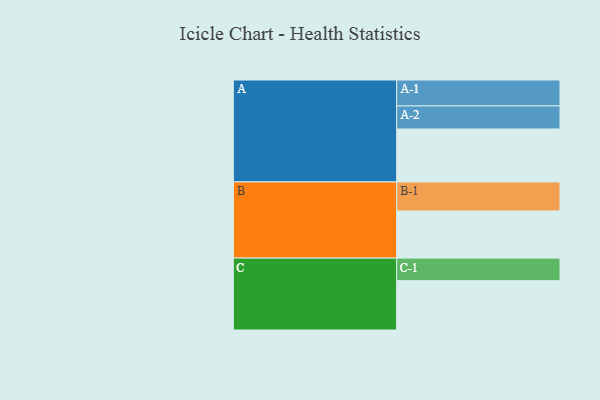
{"axis": {"x": "Segment", "y": "Value"}, "legend": ["", "A", "B", "C"], "data": [{"x": "A", "y": 516, "type": ""}, {"x": "B", "y": 460, "type": ""}, {"x": "C", "y": 481, "type": ""}, {"x": "A-1", "y": 253, "type": "A"}, {"x": "A-2", "y": 225, "type": "A"}, {"x": "B-1", "y": 283, "type": "B"}, {"x": "C-1", "y": 220, "type": "C"}]}